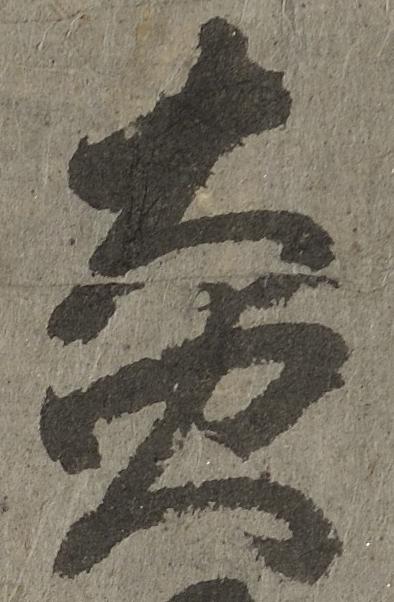
炎